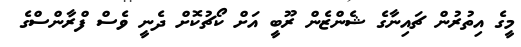
މީގެ އިތުރުން ޗައިނާގެ ޝެންޒެން ރޫބީ އަށް ކޯޗުކޮށް ދެނީ ވެސް ފްރާންސްގެ